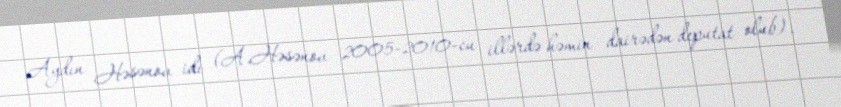
Aydın Həsənov idi (A.Həsənov 2005-2010-cu illərdə həmin dairədən deputat olub).